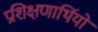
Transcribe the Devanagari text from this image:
प्रशिक्षणार्थियों